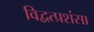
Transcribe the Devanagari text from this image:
विद्वत्प्रशंसा